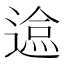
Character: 𲅬